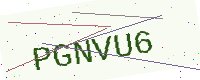
Text: PGNVU6